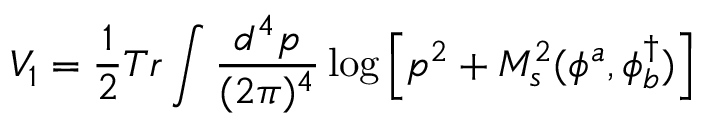
V _ { 1 } = \frac { 1 } { 2 } T r \int \frac { d ^ { 4 } p } { ( 2 \pi ) ^ { 4 } } \log \left[ p ^ { 2 } + M _ { s } ^ { 2 } ( \phi ^ { a } , \phi _ { b } ^ { \dagger } ) \right]